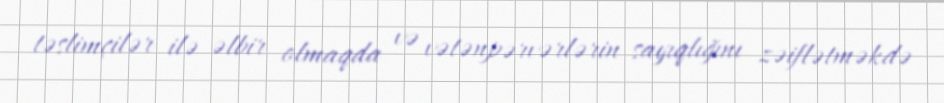
təslimçilər ilə əlbir olmaqda və vətənpərvərlərin sayıqlığını zəiflətməkdə